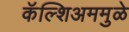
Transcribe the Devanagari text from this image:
कॅल्शिअममुळे